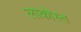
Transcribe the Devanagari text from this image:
लाकोस्त